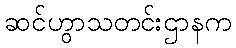
ဆင်ဟွာသတင်းဌာနက